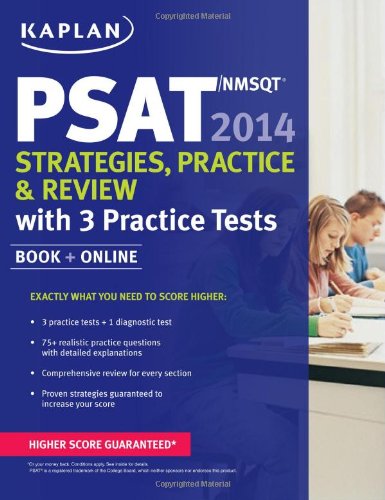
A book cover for Kaplan PSAT/NMSQT 2014 Strategies, Practice, and Review: book + online; Kaplan; Test Preparation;